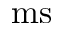
\mathrm { m s }